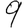
Digit: 9